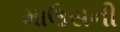
માઉસની